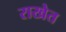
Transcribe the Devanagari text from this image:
राखेत